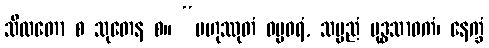
သီလတော စ သုတေန စ။ “ဗဟုဿုတံ ဓမ္မဓရံ, သပ္ပညံ ဗုဒ္ဓသာဝကံ၊ နေက္ခံ